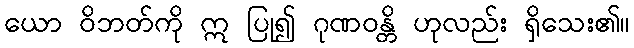
ယော ဝိဘတ်ကို ဣ ပြု၍ ဂုဏဝန္တိ ဟုလည်း ရှိသေး၏။